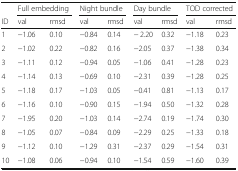
|  | <COLSPAN=2> Full embedding | <COLSPAN=2> Night bundle | <COLSPAN=2> Day bundle | <COLSPAN=2> TOD corrected |
 | ID | val | rmsd | val | rmsd | val | rmsd | val | rmsd |
 | --- | --- | --- | --- | --- | --- | --- | --- | --- |
 | 1 | −1.06 | 0.10 | −0.84 | 0.14 | − 2.20 | 0.32 | −1.18 | 0.23 |
 | 2 | −1.02 | 0.22 | −0.82 | 0.16 | −2.05 | 0.37 | −1.38 | 0.34 |
 | 3 | −1.11 | 0.12 | −0.94 | 0.05 | −1.06 | 0.41 | −1.28 | 0.23 |
 | 4 | −1.14 | 0.13 | −0.69 | 0.10 | −2.31 | 0.39 | −1.28 | 0.25 |
 | 5 | −1.18 | 0.17 | −1.03 | 0.05 | −0.41 | 0.81 | −1.13 | 0.17 |
 | 6 | −1.16 | 0.10 | −0.90 | 0.15 | −1.94 | 0.50 | −1.32 | 0.28 |
 | 7 | −1.95 | 0.20 | −1.03 | 0.14 | −2.74 | 0.19 | −1.74 | 0.30 |
 | 8 | −1.05 | 0.07 | −0.84 | 0.09 | −2.29 | 0.25 | −1.33 | 0.18 |
 | 9 | −1.12 | 0.10 | −1.29 | 0.31 | −2.37 | 0.29 | −1.54 | 0.31 |
 | 10 | −1.08 | 0.06 | −0.94 | 0.10 | −1.54 | 0.59 | −1.60 | 0.39 |